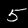
Label: 5